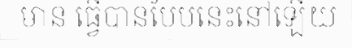
មាន ធ្វើបានបែបនេះនៅឡើយ